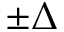
\pm \Delta